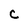
Character: C